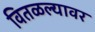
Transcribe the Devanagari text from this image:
वितळल्यावर